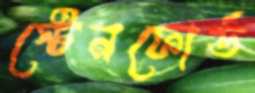
স্টেনফোর্ড